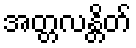
အတ္တလန္တိတ်